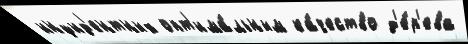
инцид'ентных опт'има́льным ка́чество д'е́р'ева